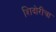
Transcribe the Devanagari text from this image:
शिदोरीचा